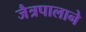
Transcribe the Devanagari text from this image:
जैत्रपालाने